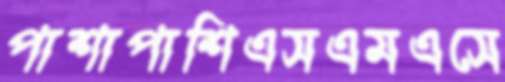
পাশাপাশিএসএমএসে